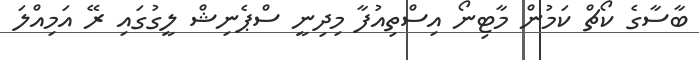
ބާސާގެ ކޯޗް ކަމުން މާޓިނޯ އިސްތިއުފާ މިދިނީ ސްޕެނިޝް ލީގުގައި ރޭ އަމިއްލަ